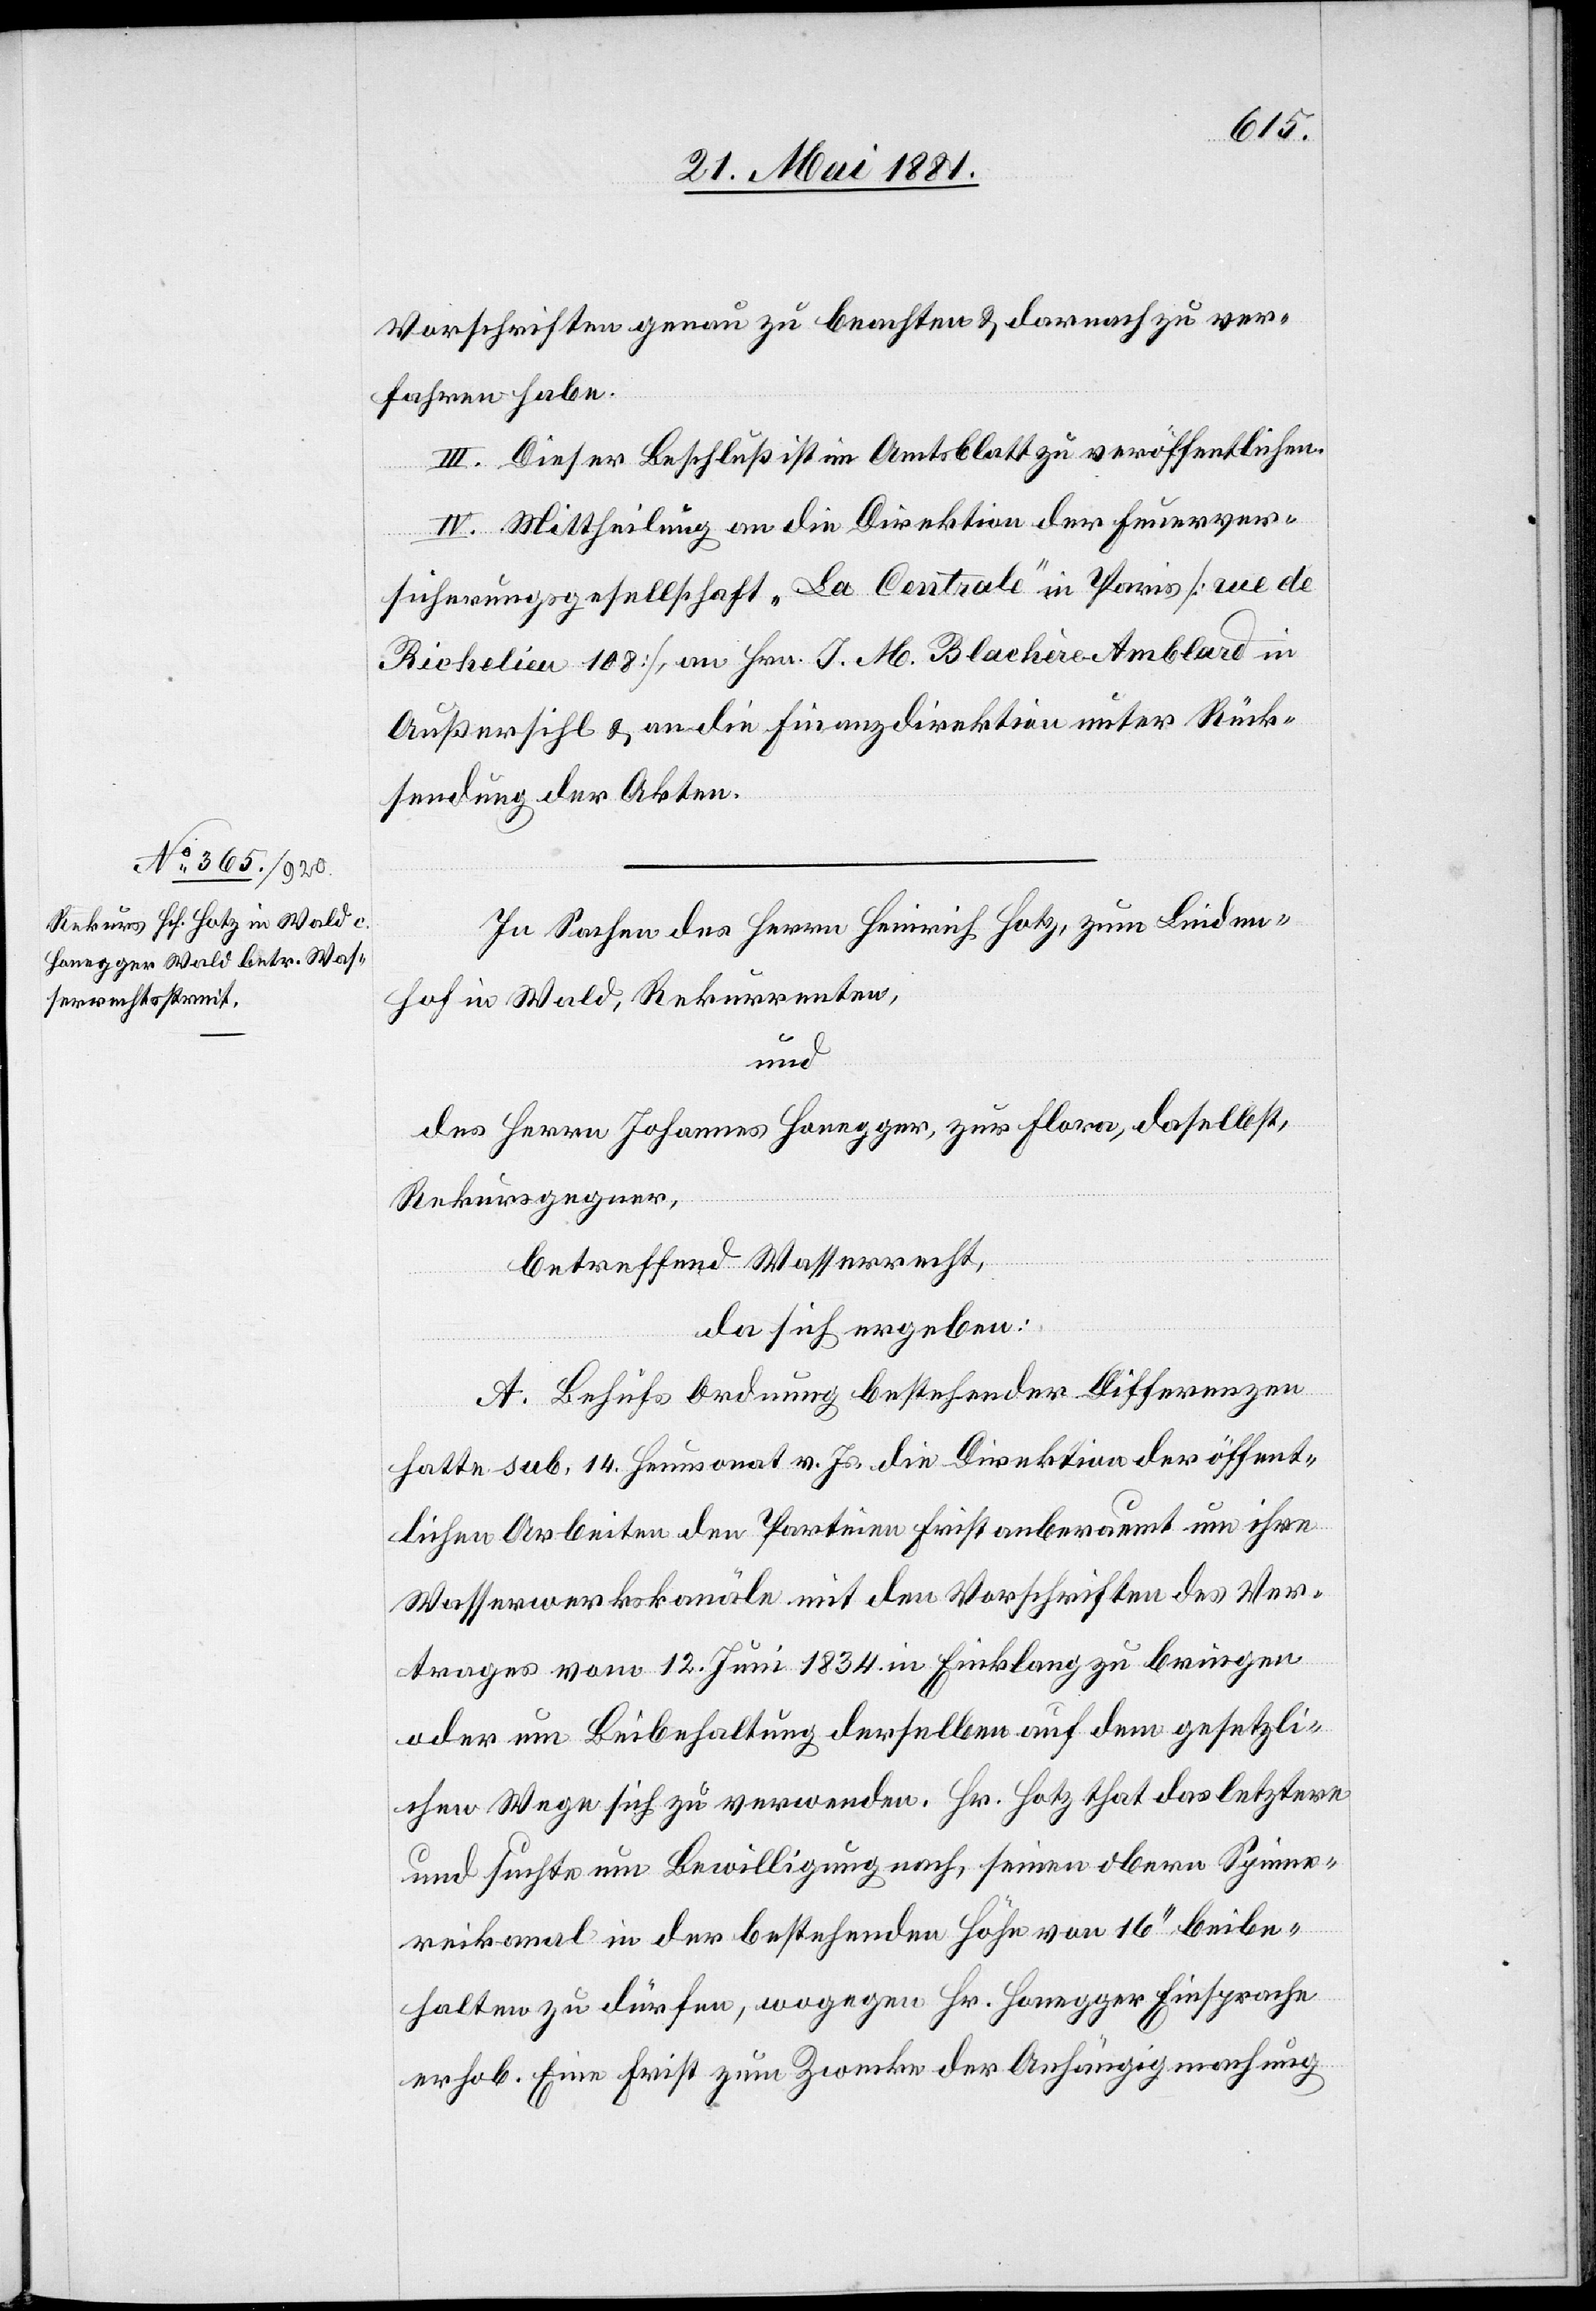
In Sachen des Hrn. Heinrich Hotz, zum Linden¬
hof in Wald, Rekurrenten,
und
des Herrn Johannes Honegger, zur Flora, daselbst,
Rekursgegner,
betreffend Wasserrecht,
da sich ergeben:
A. Behufs Ordnung bestehender Differenzen
hatte sub. 14. Heumonat v. Js. die Direktion der öffent¬
lichen Arbeiten den Parteien Frist anberaumt um ihre
Wasserwerkskanäle mit den Vorschriften des Ver¬
trages vom 12. Juni 1834 in Einklang zu bringen
oder um Beibehaltung derselben auf dem gesetzli¬
chen Wege sich zu verwenden. Hr. Hotz that das letztere
und suchte um Bewilligung nach, seinen obern Spinne¬
reikanal in der bestehenden Höhe von 16‘‘ beibe¬
halten zu dürfen, wogegen Hr. Honegger Einsprache
erhob. Eine Frist zum Zwecke der Anhängigmachung